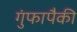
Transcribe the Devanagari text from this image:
गुंफापैकी